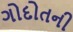
ગોદોતની